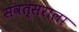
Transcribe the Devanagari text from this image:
संवत्सराला